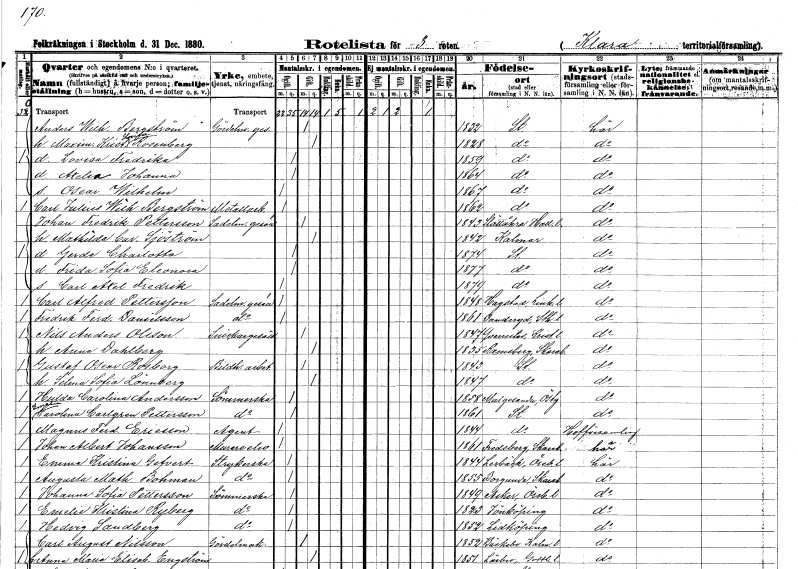
gt_parse: households: individuals: FN: Anders Wilhelm
EN: Bergström
YRKE: Gördelmakaregesäll
KON: M
CIV: G
FODAR: 1832
FODFORS: Stockholm
FN: Maxim. Kristina Lovisa
EN: Rosenberg
KON: K
CIV: G
FODAR: 1828
FODFORS: Stockholm
FN: Lovisa Fredrika
KON: K
CIV: O
FODAR: 1859
FODFORS: Stockholm
FN: Axelia Johanna
KON: K
CIV: O
FODAR: 1864
FODFORS: Stockholm
FN: Oscar Wilhelm
KON: M
CIV: O
FODAR: 1867
FODFORS: Stockholm
FN: Carl Julius Wilhelm
EN: Bergström
YRKE: Metallarbetare
KON: M
CIV: O
FODAR: 1862
FODFORS: Stockholm
FN: Johan Fredrik
EN: Pettersson
YRKE: Sadelmakaregesäll
KON: M
CIV: G
FODAR: 1843
FODFORS: Slättåkra Hallands län
FN: Mathilda Carolina
EN: Sjöström
KON: K
CIV: G
FODAR: 1842
FODFORS: Kalmar Kalmar län
FN: Gerda Charlotta
KON: K
CIV: O
FODAR: 1874
FODFORS: Stockholm
FN: Frida Sofia Eleonora
KON: K
CIV: O
FODAR: 1877
FODFORS: Stockholm
FN: Carl Axel Fredrik
KON: M
CIV: O
FODAR: 1879
FODFORS: Stockholm
FN: Carl Alfred
EN: Pettersson
YRKE: Sadelmakaregesäll
KON: M
CIV: O
FODAR: 1848
FODFORS: Hogstad Östergötlands län
FN: Fredrik Ferdinand
EN: Danielsson
YRKE: Sadelmakaregesäll
KON: M
CIV: O
FODAR: 1861
FODFORS: Danderyd Stockholms län
FN: Nils Anders
EN: Olsson
YRKE: Snickaregesäll
KON: M
CIV: G
FODAR: 1847
FODFORS: Kverrestad Kristianstads län
FN: Anna
EN: Dahlberg
KON: K
CIV: G
FODAR: 1835
FODFORS: Ramsberg Örebro län
FN: Gustaf Oscar
EN: Rosborg
YRKE: Bildhuggeriarbetare
KON: M
CIV: G
FODAR: 1843
FODFORS: Stockholm
FN: Selma Sofia
EN: Lönnberg
KON: K
CIV: G
FODAR: 1847
FODFORS: Stockholm
FN: Hulda Carolina
EN: Andersson
YRKE: Sömmerska
KON: K
CIV: O
FODAR: 1858
FODFORS: Malgesanda Östergötlands län
FN: Emelia Karolina
EN: Carlgren Pettersson
YRKE: Sömmerska
KON: K
CIV: O
FODAR: 1861
FODFORS: Stockholm
FN: Magnus Ferdinand
EN: Ericsson
YRKE: Agent
KON: M
CIV: O
FODAR: 1844
FODFORS: Stockholm
FN: Johan Albert
EN: Johansson
YRKE: Murareelev
KON: M
CIV: O
FODAR: 1861
FODFORS: Fredsberg Skaraborgs län
FN: Emma Kristina
EN: Gefvert
YRKE: Strykerska
KON: K
CIV: O
FODAR: 1844
FODFORS: Lerbäck Örebro län
FN: Augusta Mathilda
EN: Bohman
YRKE: Strykerska
KON: K
CIV: O
FODAR: 1855
FODFORS: Borgunda Skaraborgs län
FN: Johanna Sofia
EN: Pettersson
YRKE: Sömmerska
KON: K
CIV: O
FODAR: 1849
FODFORS: Asker Örebro län
FN: Emelie Kristina
EN: Ryberg
YRKE: Sömmerska
KON: K
CIV: O
FODAR: 1823
FODFORS: Jönköping Jönköpings län
FN: Hedvig
EN: Sandberg
YRKE: Sömmerska
KON: K
CIV: O
FODAR: 1852
FODFORS: Lidköping Skaraborgs län
FN: Carl August
EN: Nilsson
YRKE: Gördelmakare
KON: M
CIV: G
FODAR: 1852
FODFORS: Bäckebo Kalmar län
FN: Anna Maria Elisabet
EN: Engström
KON: K
CIV: G
FODAR: 1851
FODFORS: Lärbro Gotlands län